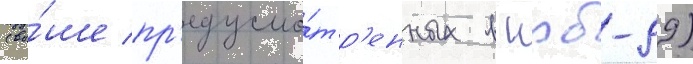
(вы́ше пр'едусмо́тр'енных в нрб-99)